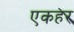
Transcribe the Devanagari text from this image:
एकहर